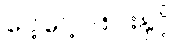
ပေါ့ပေါ့ပါးပါးနှင့်